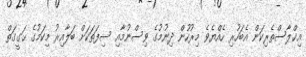
އިޚްލާސްތެރިކަން އެބަހުރި ހެއްޔެވެ މިރުހުން ދިނުމުގެ ވިސްނުމާއި ސިފަތަކަށް ބަލާއިރު މިކަމުގެ ޙަގީގަތް